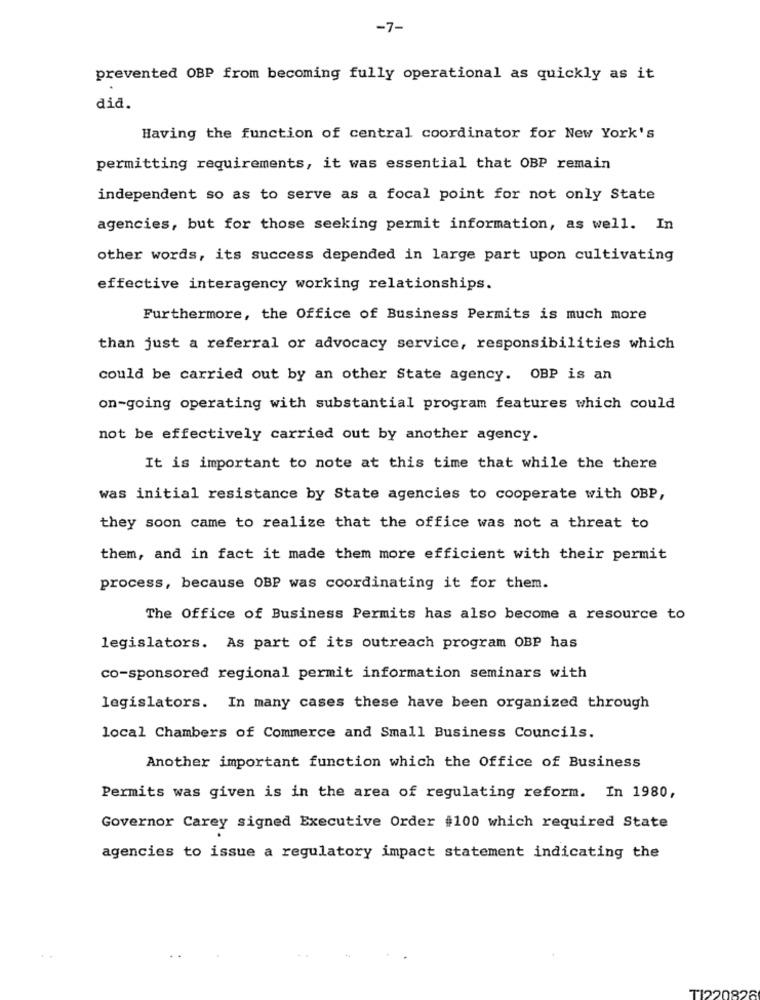
-7-
prevented OBP from becoming fully operational as quickly as it
did.
Having the function of central coordinator for New York's
permitting requirements, it was essential that OBP remain
independent so as to serve as a focal point for not only State
agencies, but for those seeking permit information, as well. In
other words, its success depended in large part upon cultivating
effective interagency working relationships.
Furthermore, the Office of Business Permits is much more
than just a referral or advocacy service, responsibilities which
could be carried out by an other State agency. OBP is an
on-going operating with substantial program features which could
not be effectively carried out by another agency.
It is important to note at this time that while the there
was initial resistance by State agencies to cooperate with OBP,
they soon came to realize that the office was not a threat to
them, and in fact it made them more efficient with their permit
process, because OBP was coordinating it for them.
The Office of Business Permits has also become a resource to
legislators. As part of its outreach program OBP has
co-sponsored regional permit information seminars with
legislators. In many cases these have been organized through
local Chambers of Commerce and Small Business Councils.
Another important function which the Office of Business
Permits was given is in the area of regulating reform. In 1980,
Governor Carey signed Executive Order $100 which required State
agencies to issue a regulatory impact statement indicating the
TI220826